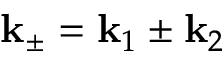
\mathbf { k } _ { \pm } = \mathbf { k } _ { 1 } \pm \mathbf { k } _ { 2 }